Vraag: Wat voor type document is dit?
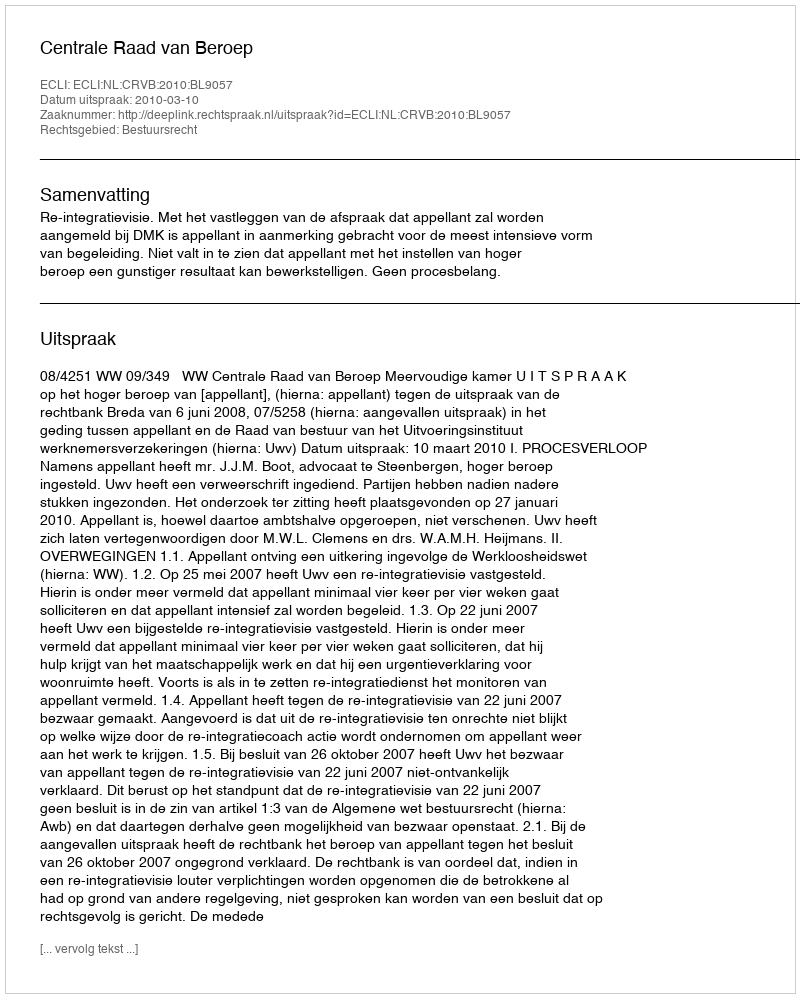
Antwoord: Uitspraak